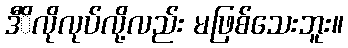
ဒီိလိုလုပ်လို့လည်း မဖြစ်သေးဘူး။